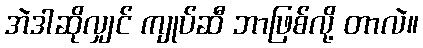
အဲဒါဆိုလျှင် ကျုပ်ဆီ ဘာဖြစ်လို့ တာလဲ။